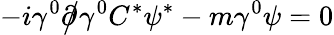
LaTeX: -i\gamma^{0}{\partial\! \! \! {\big/}}\gamma^{0}C^{*}\psi^{*}-m\gamma^{0}\psi=0